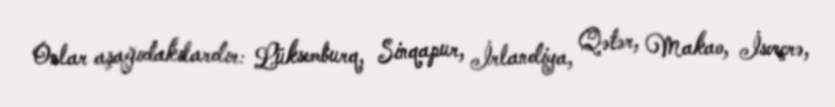
Onlar aşağıdakılardır: Lüksemburq, Sinqapur, İrlandiya, Qətər, Makao, İsveçrə,